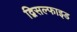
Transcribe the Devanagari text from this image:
द्विसल्फाइड